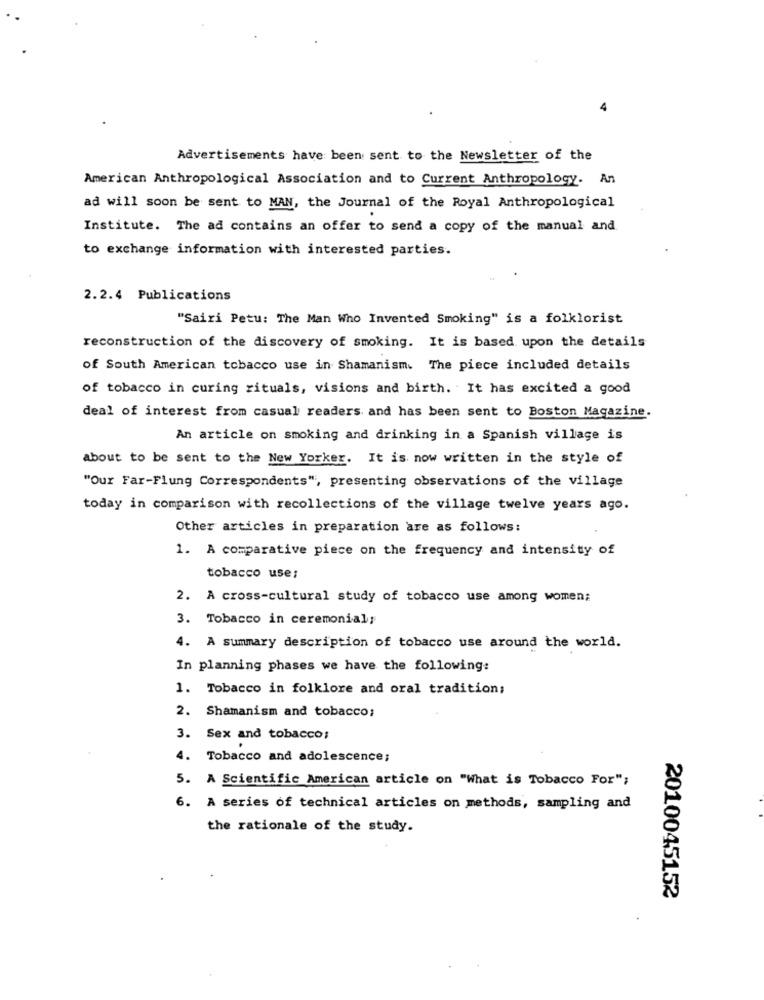
Advertisements have been sent to the Newsletter of the
American Anthropological Association and to Current Anthropology. An
ad will soon be sent to MAN, the Journal of the Royal Anthropological
Institute. The ad contains an offer to send a copy of the manual and
to exchange information with interested parties.
2.2.4 Publications
"Sairi Petu: The Man Who Invented Smoking" is a folklorist
reconstruction of the discovery of smoking. It is based upon the details
of South American tobacco use in Shamanism. The piece included details
of tobacco in curing rituals, visions and birth. It has excited a good
deal of interest from casual readers and has been sent to Boston Magazine.
An article on smoking and drinking in a Spanish village is
about to be sent to the New Yorker. It is now written in the style of
"Our Far-Flung Correspondents", presenting observations of the village
today in comparison with recollections of the village twelve years ago.
Other articles in preparation are as follows:
1. A comparative piece on the frequency and intensity of
tobacco use:
2. A cross-cultural study of tobacco use among women;
3. Tobacco in ceremonial;
4. A summary description of tobacco use around the world.
In planning phases we have the following:
1. Tobacco in folklore and oral tradition;
2. Shamanism and tobacco;
3. Sex and tobacco;
4. Tobacco and adolescence;
5. A Scientific American article on "What is Tobacco For";
6. A series of technical articles on methods, sampling and
the rationale of the study.
2010045152